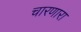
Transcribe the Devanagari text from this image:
चारणारा